Lunatic asylums Madras 1877-1891 - 1877-1891
Year: 1877
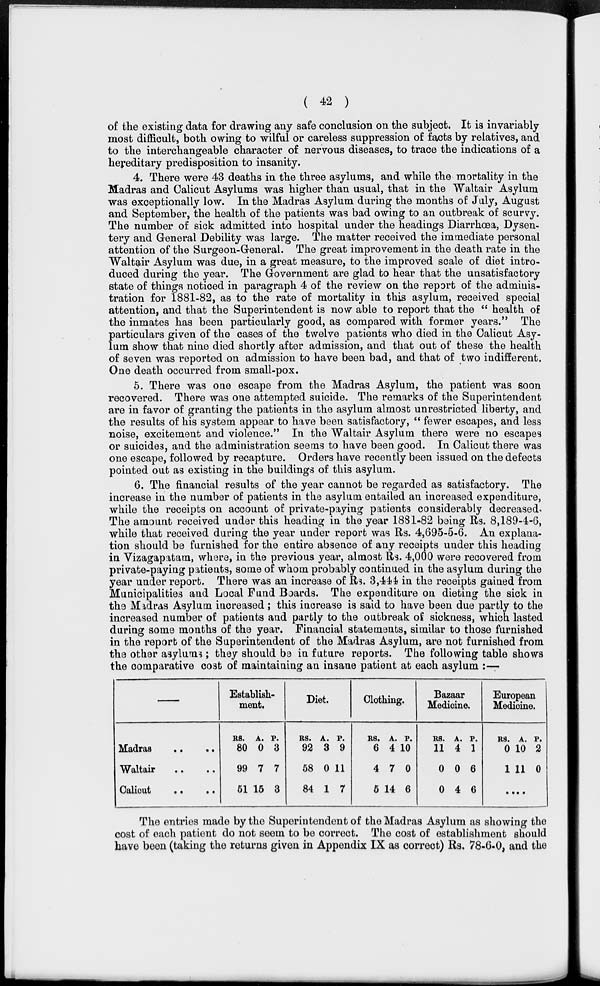
( 42 )
of the existing data for drawing any safe conclusion on the subject. It is invariably
most difficult, both owing to wilful or careless suppression of facts by relatives, and
to the interchangeable character of nervous diseases, to trace the indications of a
hereditary predisposition to insanity.
4. There were 43 deaths in the three asylums, and while the mortality in the
Madras and Calicut Asylums was higher than usual, that in the Waltair Asylum
was exceptionally low. In the Madras Asylum during the months of July, August
and September, the health of the patients was bad owing to an outbreak of scurvy.
The number of sick admitted into hospital under the headings Diarrhœa, Dysen-
tery and General Debility was large. The matter received the immediate personal
attention of the Surgeon-General. The great improvement in the death rate in the
Waltair Asylum was due, in a great measure, to the improved scale of diet intro-
duced during the year. The Government are glad to hear that the unsatisfactory
state of things noticed in paragraph 4 of the review on the report of the adminis-
tration for 1881-82, as to the rate of mortality in this asylum, received special
attention, and that the Superintendent is now able to report that the " health of
the inmates has been particularly good, as compared with former years." The
particulars given of the cases of the twelve patients who died in the Calicut Asy-
lum show that nine died shortly after admission, and that out of these the health
of seven was reported on admission to have been bad, and that of two indifferent.
One death occurred from small-pox.
5. There was one escape from the Madras Asylum, the patient was soon
recovered. There was one attempted suicide. The remarks of the Superintendent
are in favor of granting the patients in the asylum almost unrestricted liberty, and
the results of his system appear to have been satisfactory, " fewer escapes, and less
noise, excitement and violence." In the Waltair Asylum there were no escapes
or suicides, and the administration seems to have been good. In Calicut there was
one escape, followed by recapture. Orders have recently been issued on the defects
pointed out as existing in the buildings of this asylum.
6. The financial results of the year cannot be regarded as satisfactory. The
increase in the number of patients in the asylum entailed an increased expenditure,
while the receipts on account of private-paying patients considerably decreased.
The amount received under this heading in the year 1881-82 being Rs. 8,189-4-6,
while that received during the year under report was Rs. 4,695-5-6. An explana-
tion should be furnished for the entire absence of any receipts under this heading
in Vizagapatam, where, in the previous year, almost Rs. 4,000 were recovered from
private-paying patients, some of whom probably continued in the asylum during the
year under report. There was an increase of Rs. 3,444 in the receipts gained from
Municipalities and Local Fund Boards. The expenditure on dieting the sick in
the Madras Asylum increased ; this increase is said to have been due partly to the
increased number of patients and partly to the outbreak of sickness, which lasted
during some months of the year. Financial statements, similar to those furnished
in the report of the Superintendent of the Madras Asylum, are not furnished from
the other asylums ; they should be in future reports. The following table shows
the comparative cost of maintaining an insane patient at each asylum :—
—
Madras .. ..
Waltair .. ..
Calicut .. ..
Establish-
ment.
RS.
80
99
51
A.
0
7
15
P.
3
7
3
Diet.
RS.
92
58
84
A.
3
0
1
P.
9
11
7
Clothing.
RS.
6
4
5
A.
4
7
14
P.
10
0
6
Bazaar
Medicine.
RS.
11
0
0
A.
4
0
4
P.
1
6
6
European
Medicine.
RS.
0
1
A.
10
11
P.
2
0
...
The entries made by the Superintendent of the Madras Asylum as showing the
cost of each patient do not seem to be correct. The cost of establishment should
have been (taking the returns given in Appendix IX as correct) Rs. 78-6-0, and the